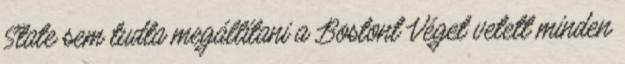
State sem tudta megállítani a Bostont Véget vetett minden